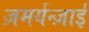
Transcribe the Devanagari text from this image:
ज़मर्यन्ज़ाई